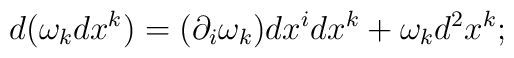
d(\omega _kdx^k)=(\partial _i\omega _k)dx^idx^k+\omega _kd^2x^k;